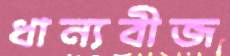
ধান্যবীজ